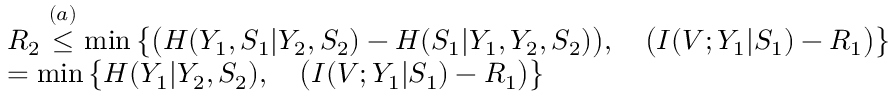
\begin{array} { r l } & { R _ { 2 } \overset { ( a ) } { \leq } \operatorname* { m i n } \big \{ \big ( H ( Y _ { 1 } , S _ { 1 } | Y _ { 2 } , S _ { 2 } ) - H ( S _ { 1 } | Y _ { 1 } , Y _ { 2 } , S _ { 2 } ) \big ) , \quad \big ( I ( V ; Y _ { 1 } | S _ { 1 } ) - R _ { 1 } \big ) \big \} } \\ & { = \operatorname* { m i n } \big \{ H ( Y _ { 1 } | Y _ { 2 } , S _ { 2 } ) , \quad \big ( I ( V ; Y _ { 1 } | S _ { 1 } ) - R _ { 1 } \big ) \big \} } \end{array}